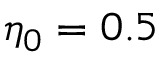
\eta _ { 0 } = 0 . 5